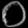
Digit: ၀